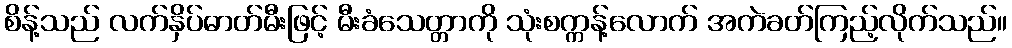
စိန့်သည် လက်နှိပ်ဓာတ်မီးဖြင့် မီးခံသေတ္တာကို သုံးစက္ကန့်လောက် အကဲခတ်ကြည့်လိုက်သည်။